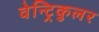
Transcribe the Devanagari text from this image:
वेन्ट्रिकुलर